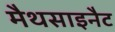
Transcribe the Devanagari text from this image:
मैथसाइनैट